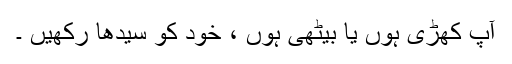
آپ کھڑی ہوں یا بیٹھی ہوں ، خود کو سیدھا رکھیں ۔